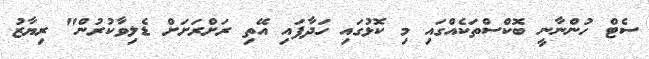
ސެޓް ހުންނާނީ ބޮކްސްތަކެއްގައި މި ކޮޅުގައި ހަދާފައި އޭތި ރަށްރަށަށް ޑެލިވާކުރުން" ރިޔާޒު